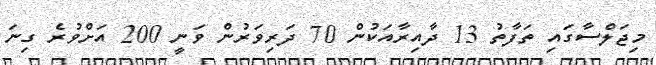
މިޖަލްސާގައި ތަފާތު 13 ދާއިރާއަކުން 70 ދަރިވަރުން ވަނީ 200 އަށްވުރެ ގިނަ